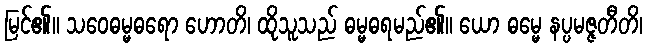
မြင်၏။ သဝေဓမ္မဓရော ဟောတိ၊ ထိုသူသည် ဓမ္မဓရမည်၏။ ယော ဓမ္မေ နပ္ပမဇ္ဇတီတိ၊